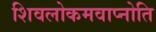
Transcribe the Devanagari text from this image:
शिवलोकमवाप्नोति